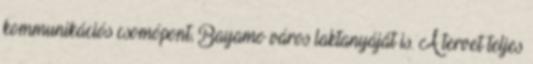
kommunikációs csomópont, Bayamo város laktanyáját is. A tervet teljes